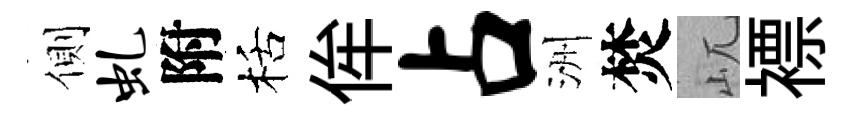
側虬附栝侔占洲焚屼褾